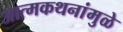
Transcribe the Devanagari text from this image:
आत्मकथनांमुळे